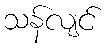
သန်လျင်